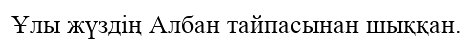
Ұлы жүздің Албан тайпасынан шыққан.